65_HS1-834228961_62-HQ-83894_Section_10
Agency: FBI
Page 91
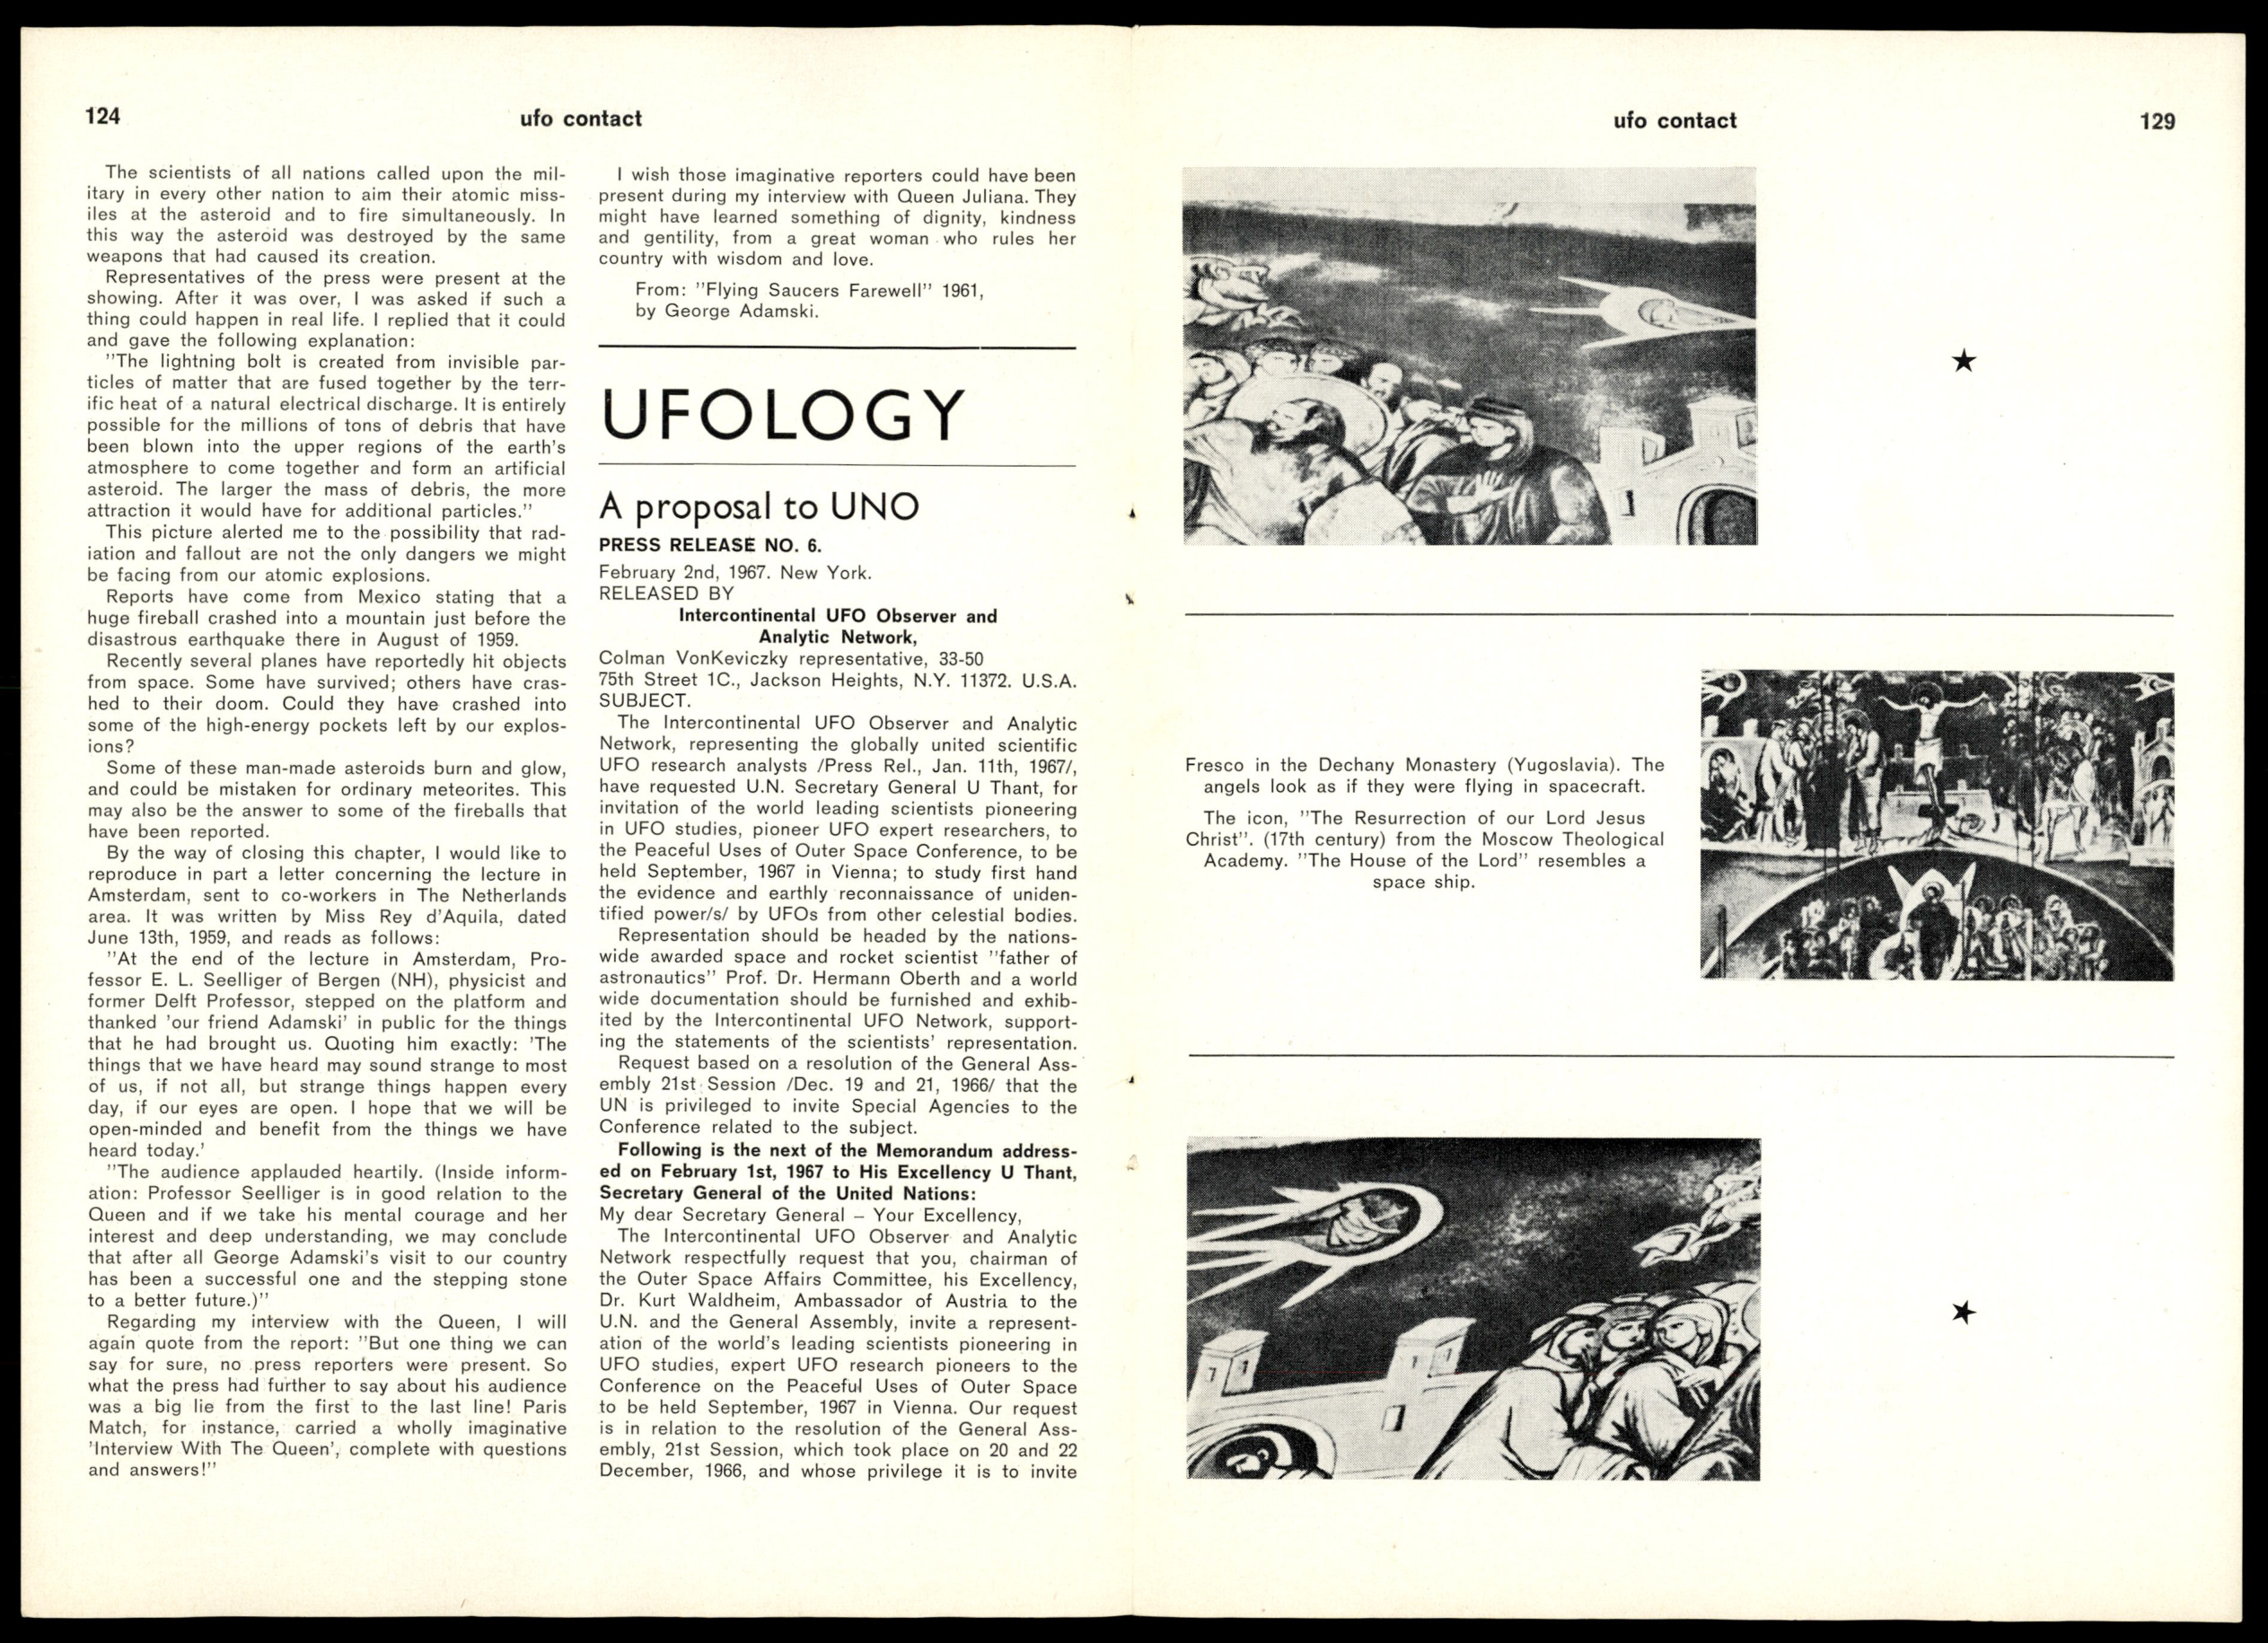